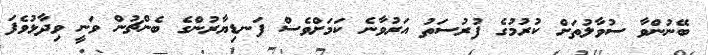
ބޭނުންވާ ސުވާލުތަށް ކުރުމުގެ ފުރުސަތު އަރުވާނެ ކަމަށްވެސް ފަނޑިޔާރުންގެ ބެންޗުން ވަނީ ވިދާޅުވެފަ